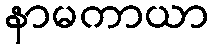
နာမကာယာ